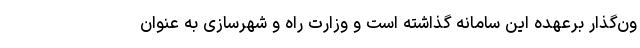
ون‌گذار برعهده این سامانه گذاشته است و وزارت راه و شهرسازی به عنوان